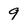
Character: 9